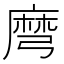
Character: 𪎔